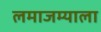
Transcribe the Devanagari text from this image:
लमाजम्याला